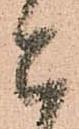
被